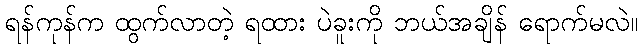
ရန်ကုန်က ထွက်လာတဲ့ ရထား ပဲခူးကို ဘယ်အချိန် ရောက်မလဲ။